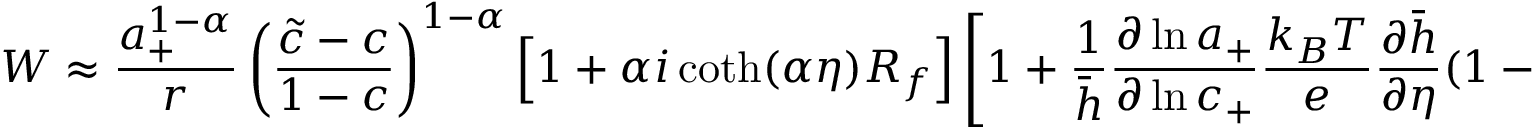
W \approx \frac { a _ { + } ^ { 1 - \alpha } } { r } \left( \frac { \tilde { c } - c } { 1 - c } \right) ^ { 1 - \alpha } \left[ 1 + \alpha i \coth ( { \alpha \eta } ) R _ { f } \right] \left[ 1 + \frac { 1 } { \bar { h } } \frac { \partial \ln { a _ { + } } } { \partial \ln { c _ { + } } } \frac { k _ { B } T } { e } \frac { \partial \bar { h } } { \partial \eta } ( 1 - c _ { + } ) \right] .